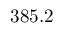
3 8 5 . 2